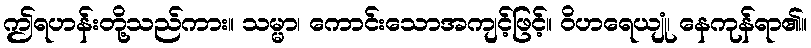
ဤရဟန်းတို့သည်ကား။ သမ္မာ၊ ကောင်းသောအကျင့်ဖြင့်။ ဝိဟရေယျုံ၊ နေကုန်ရာ၏။